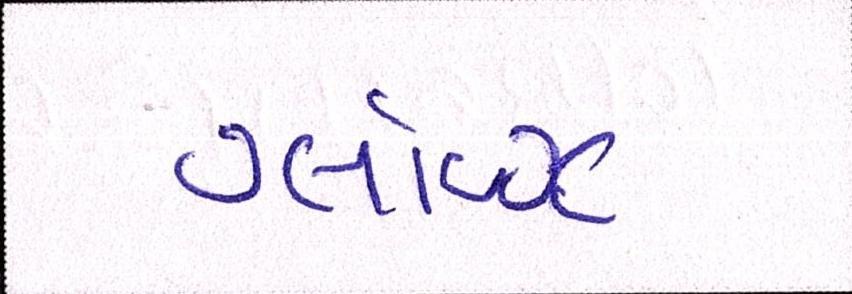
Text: ગ્લૉવ્ઝ